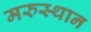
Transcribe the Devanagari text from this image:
मरुस्थान